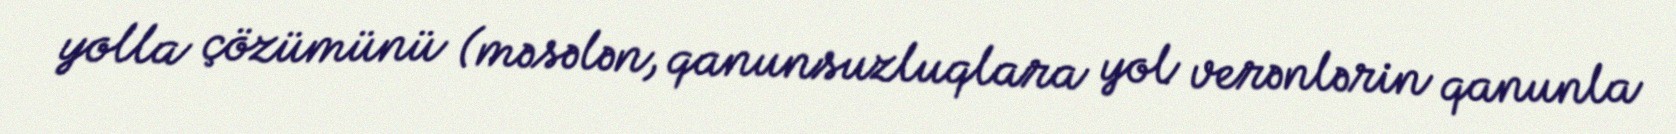
yolla çözümünü (məsələn, qanunsuzluqlara yol verənlərin qanunla